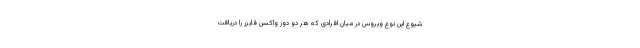
شیوع این نوع ویروس در میان افرادی که هر دو دوز واکسن فایزر را دریافت